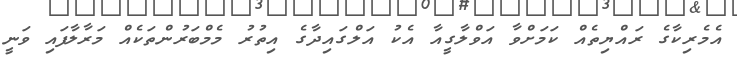
އެމެރިކާގެ ރައްޔިތެއް ކަމަށްވާ އަވްލާގީއާ އެކު އަލްގައިދާގެ އިތުރު މެމްބަރުންތަކެއް މަރާލާފައި ވަނީ